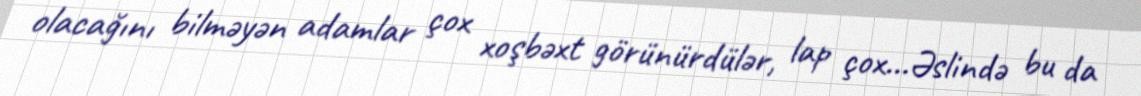
olacağını bilməyən adamlar çox xoşbəxt görünürdülər, lap çox…Əslində bu da